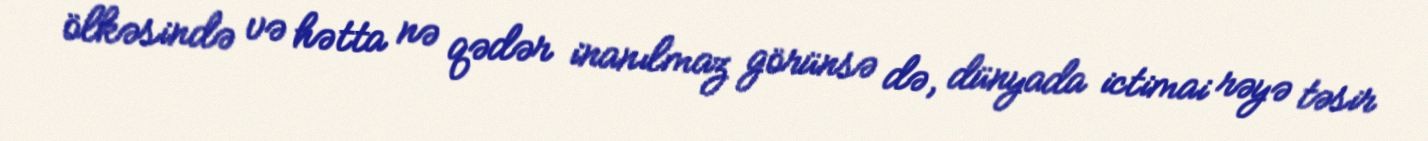
ölkəsində və hətta nə qədər inanılmaz görünsə də, dünyada ictimai rəyə təsir